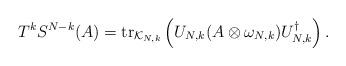
LaTeX: \begin{align*}{T}^{k} {S}^{{N-k}} (A) = \operatorname{tr}_{\mathcal K_{N,k}}\left( U_{N,k}( A\otimes\omega_{N,k} )U_{N,k}^\dagger \right).\end{align*}